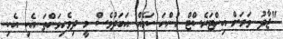
"ޖާދު ވަރަށް އިންޓަރެސްޓް ހުންނަ ކަމެއް އަބަދުވެސް މީ ދިވެހިވަންތަ އެކި އެކި